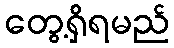
တွေ့ရှိရမည်